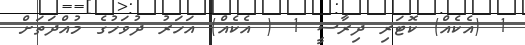
1 (އެކެއް) ކޮޓަރި ދިރާސީ 1 ( އެކެއް) އަހަރު ދުވަހުގެ މުއްދަތަށް